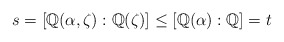
\begin{align*} s=[\mathbb{Q}(\alpha,\zeta):\mathbb{Q}(\zeta)]\leq [\mathbb{Q}(\alpha):\mathbb{Q}]=t\end{align*}